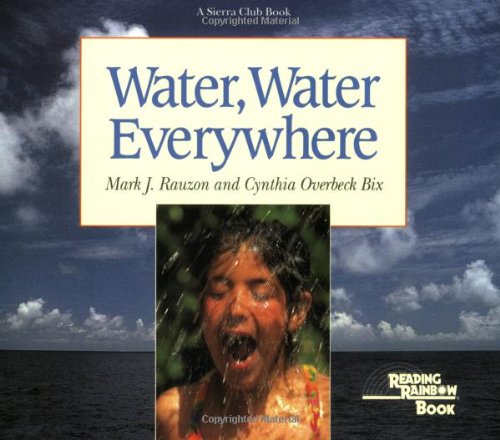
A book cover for Water, Water Everywhere (Reading Rainbow Book); Cynthia Overbeck Bix; Science & Math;